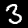
Digit: 3